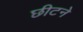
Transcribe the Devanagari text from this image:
छीटने